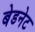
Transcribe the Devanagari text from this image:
बेडनेट